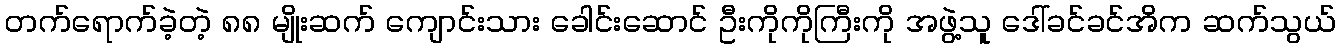
တက်ရောက်ခဲ့တဲ့ ၈၈ မျိုးဆက် ကျောင်းသား ခေါင်းဆောင် ဦးကိုကိုကြီးကို အဖွဲ့သူ ဒေါ်ခင်ခင်အိက ဆက်သွယ်